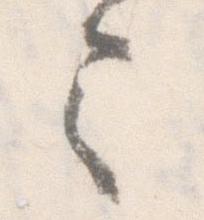
令